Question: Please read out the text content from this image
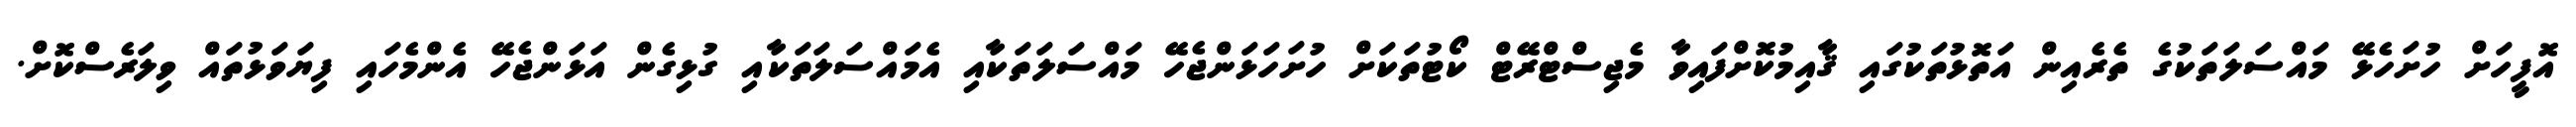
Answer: އޮފީހަށް ހުށަހެޅޭ މައްސަލަތަކުގެ ތެރެއިން އަތޮޅުތަކުގައި ޤާއިމުކޮށްފައިވާ މެޖިސްޓްރޭޓް ކޯޓުތަކަށް ހުށަހަޅަންޖެހޭ މައްސަލަތަކާއި އެމައްސަލަތަކާއި ގުޅިގެން އަޅަންޖެހޭ އެންމެހައި ފިޔަވަޅުތައް ވިލަރެސްކޮށް.